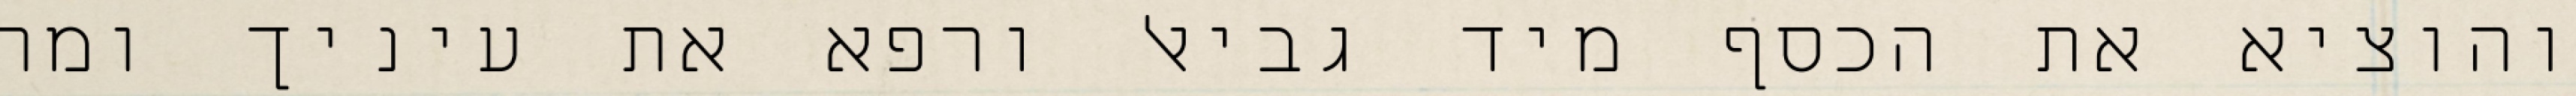
והוציא את הכסף מיד גביאל ורפא את עיניך ומה